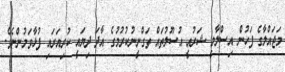
މަޖައްލާގެ ފަހުން އިސްލާމީ ޝަރުއީ އުސޫލުތައް ތަގްނީނުކުރުމުގެ އާދަ ދިޔައީ ކުރިއަރައި ފުޅާވަމުންނެވެ.